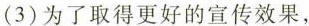
（3）为了取得更好的宣传效果，